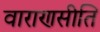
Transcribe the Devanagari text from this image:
वाराणसीति